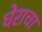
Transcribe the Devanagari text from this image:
घेराचा